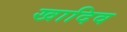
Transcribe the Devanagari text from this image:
खादिव